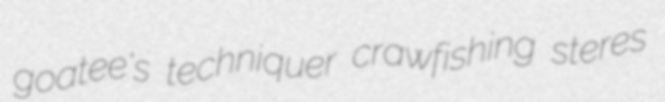
goatee's techniquer crawfishing steres